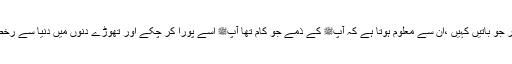
آپ نے اس موقع پر جو باتیں کہیں ،ان سے معلوم ہوتا ہے کہ آپﷺ کے ذمے جو کام تھا آپﷺ اسے پورا کر چکے اور تھوڑے دنوں میں دنیا سے رخصت ہو جائیں گے۔